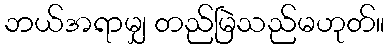
ဘယ်အရာမျှ တည်မြဲသည်မဟုတ်။